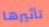
تأثيرها